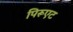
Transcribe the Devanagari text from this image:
पिरूएट